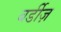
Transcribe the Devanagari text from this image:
बर्डीज़